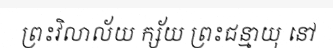
ព្រះវិលាល័យ ក្ស័យ ព្រះជន្មាយុ នៅ